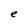
Character: e